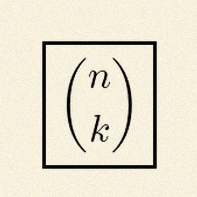
\binom{n}{k}